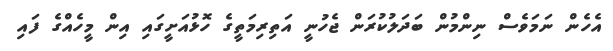
އެހެން ނަމަވެސް ނިންމުން ބަދަލުކުރަން ޖެހުނީ އަތިރިމަތީގެ ހޮޅުއަށީގައި އިން މީހެއްގެ ފައި